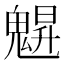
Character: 𩳪